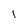
Character: I